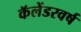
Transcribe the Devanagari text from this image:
कॅलेंडरवर्ष